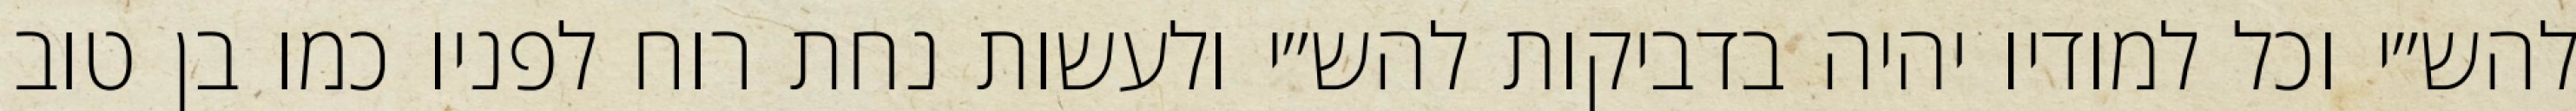
להש״י וכל למודיו יהיה בדביקות להש״י ולעשות נחת רוח לפניו כמו בן טוב